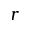
r